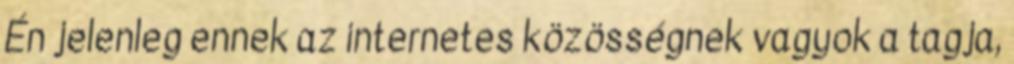
Én jelenleg ennek az internetes közösségnek vagyok a tagja,